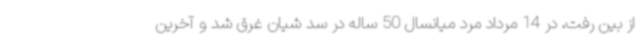
از بین رفت، در 14 مرداد مرد میانسال 50 ساله در سد شیان غرق شد و آخرین